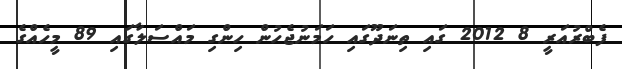
ފެބްރުއަރީ 8 2012 ގައި ތިނަދޫގައި ހަމަނުޖެހުން ހިންގި މައްސަލާގައި 89 މީހެއްގެ